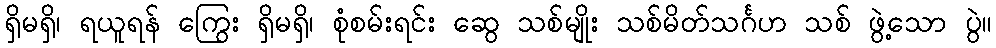
ရှိမရှိ၊ ရယူရန် ကြွေး ရှိမရှိ၊ စုံစမ်းရင်း ဆွေ သစ်မျိုး သစ်မိတ်သင်္ဂဟ သစ် ဖွဲ့သော ပွဲ။